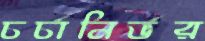
চর্চানির্ভর